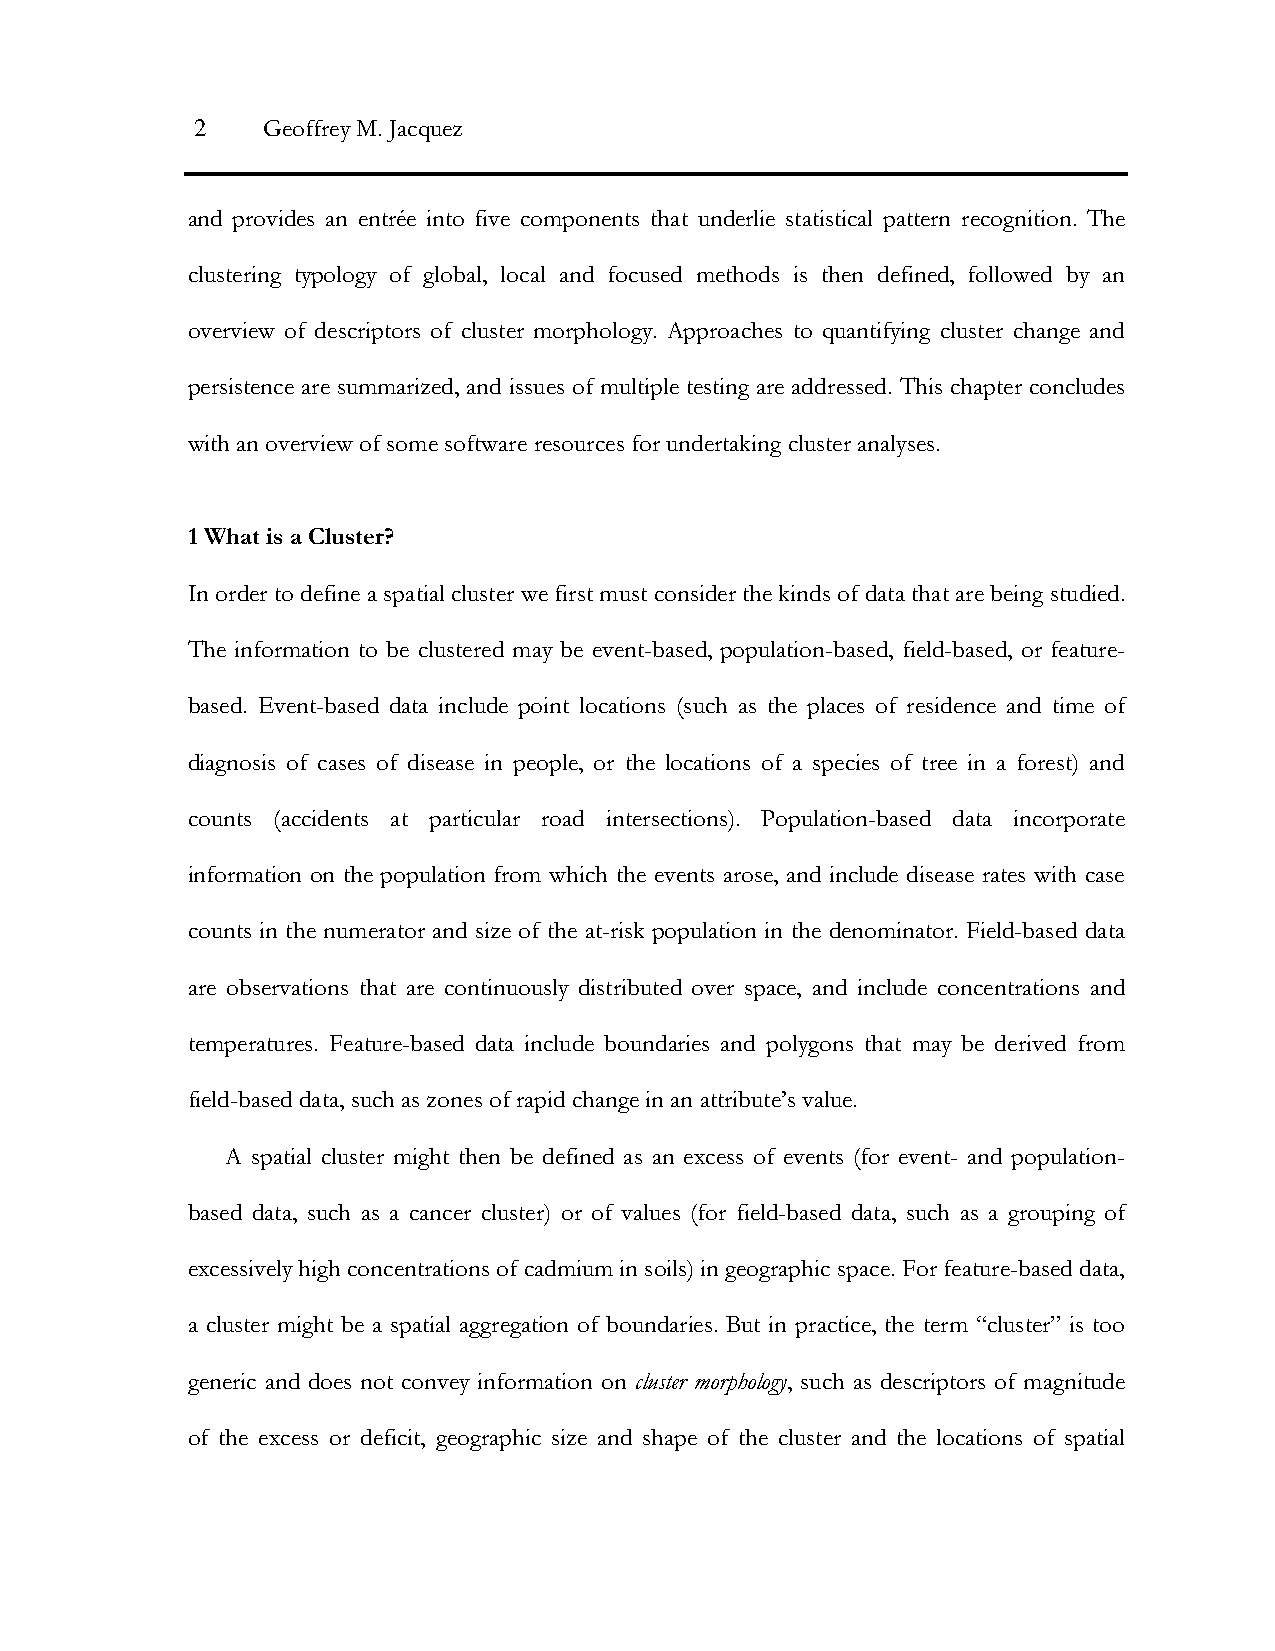
2   Geoffrey M. Jacquez
 and provides an entrée into five components that underlie statistical pattern recognition. The
 clustering typology of global, local and focused methods is then defined, followed by an
 overview of descriptors of cluster morphology. Approaches to quantifying cluster change and
 persistence are summarized, and issues of multiple testing are addressed. This chapter concludes
 with an overview of some software resources for undertaking cluster analyses.
 1 What is a Cluster?
 In order to define a spatial cluster we first must consider the kinds of data that are being studied.
 The information to be clustered may be event-based, population-based, field-based, or feature-
 based. Event-based data include point locations (such as the places of residence and time of
 diagnosis of cases of disease in people, or the locations of a species of tree in a forest) and
 counts (accidents at particular road intersections). Population-based data incorporate
 information on the population from which the events arose, and include disease rates with case
 counts in the numerator and size of the at-risk population in the denominator. Field-based data
 are observations that are continuously distributed over space, and include concentrations and
 temperatures. Feature-based data include boundaries and polygons that may be derived from
 field-based data, such as zones of rapid change in an attribute’s value.
 A spatial cluster might then be defined as an excess of events (for event- and population-
 based data, such as a cancer cluster) or of values (for field-based data, such as a grouping of
 excessively high concentrations of cadmium in soils) in geographic space. For feature-based data,
 a cluster might be a spatial aggregation of boundaries. But in practice, the term “cluster” is too
 generic and does not convey information on cluster morphology, such as descriptors of magnitude
 of the excess or deficit, geographic size and shape of the cluster and the locations of spatial